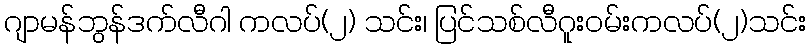
ဂျာမန်ဘွန်ဒက်လီဂါ ကလပ်(၂) သင်း၊ ပြင်သစ်လီဂူးဝမ်းကလပ်(၂)သင်း